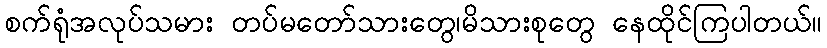
စက်ရုံအလုပ်သမား တပ်မတော်သားတွေ၊မိသားစုတွေ နေထိုင်ကြပါတယ်။